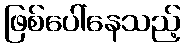
ဖြစ်ပေါ်နေသည့်